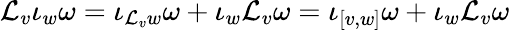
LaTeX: {\mathcal{L}}_{v}\iota_{w}\omega=\iota_{{\mathcal{L}}_{v}w}\omega+\iota_{w}{\mathcal{L}}_{v}\omega=\iota_{[v,w]}\omega+\iota_{w}{\mathcal{L}}_{v}\omega